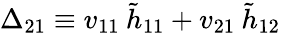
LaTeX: \Delta_{21}\equiv v_{11}\: \tilde{h}_{11}+v_{21}\: \tilde{h}_{12}